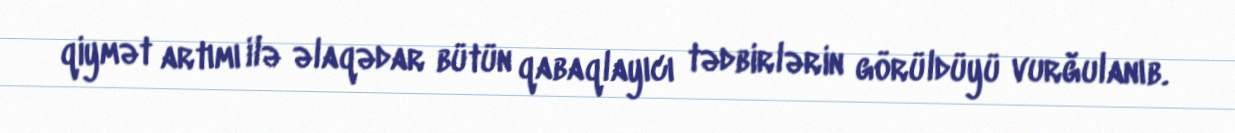
qiymət artımı ilə əlaqədar bütün qabaqlayıcı tədbirlərin görüldüyü vurğulanıb.